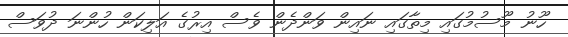
ހޫނު މޫސުމުގައި މިތާގައި ނައިން ވަންދެން ވެސް އިރުގެ އަލިކަން ހުންނަ ދުވަސް